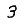
Digit: 3